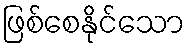
ဖြစ်စေနိုင်သော